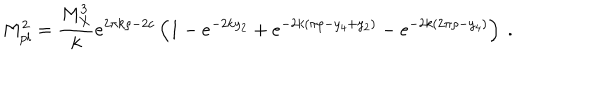
M _ { p l } ^ { 2 } = { \frac { M _ { X } ^ { 3 } } { k } } e ^ { 2 \pi k \rho - 2 c } \left( 1 - e ^ { - 2 k y _ { 2 } } + e ^ { - 2 k ( \pi \rho - y _ { 4 } + y _ { 2 } ) } - e ^ { - 2 k ( 2 \pi \rho - y _ { 4 } ) } \right) ~ . ~ \,